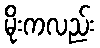
မိုးကလည်း